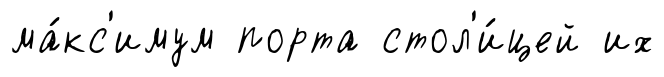
ма́кс'имум порта стол'и́цей их